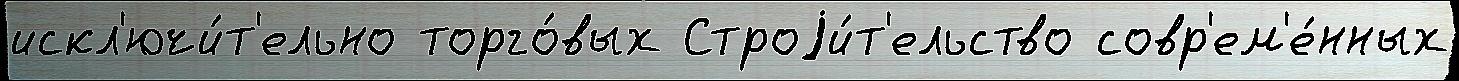
искл'ючи́т'ельно торго́вых Строjи́т'ельство совр'ем'е́нных